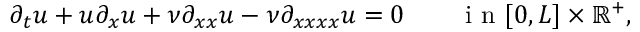
\partial _ { t } u + u \partial _ { x } u + \nu \partial _ { x x } u - \nu \partial _ { x x x x } u = 0 \qquad \mathrm { ~ i ~ n ~ } [ 0 , L ] \times \mathbb { R } ^ { + } ,